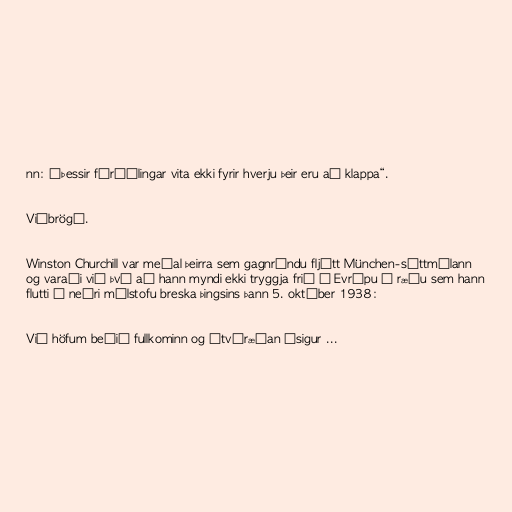
nn: „Þessir fáráðlingar vita ekki fyrir hverju þeir eru að klappa“.

Viðbrögð.

Winston Churchill var meðal þeirra sem gagnrýndu fljótt München-sáttmálann
og varaði við því að hann myndi ekki tryggja frið í Evrópu í ræðu sem hann
flutti í neðri málstofu breska þingsins þann 5. október 1938:

Við höfum beðið fullkominn og ótvíræðan ósigur ...